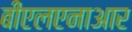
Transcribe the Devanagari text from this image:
बीएलएनाआर